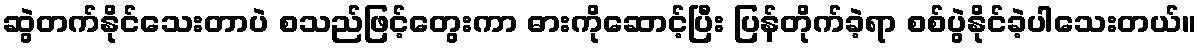
ဆွဲတက်နိုင်သေးတာပဲ စသည်ဖြင့်တွေးကာ ဓားကိုဆောင့်ပြီး ပြန်တိုက်ခဲ့ရာ စစ်ပွဲနိုင်ခဲ့ပါသေးတယ်။